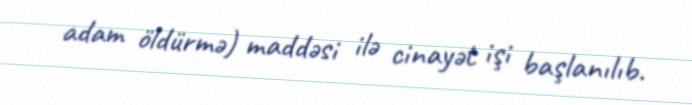
adam öldürmə) maddəsi ilə cinayət işi başlanılıb.